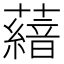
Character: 𮒨